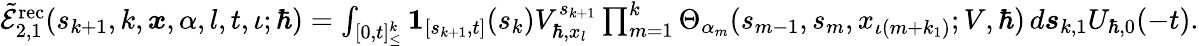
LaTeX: \begin{array}{r}{\tilde{\mathcal{E}}_{2,1}^{\mathrm{rec}}(s_{k+1},k,\boldsymbol{x},\alpha,l,t,\iota;\hbar)=\int_{[0,t]_{\leq}^{k}}\boldsymbol{1}_{[s_{k+1},t]}(s_{k})V_{\hbar,x_{l}}^{s_{k+1}}\prod_{m=1}^{k}\Theta_{\alpha_{m}}(s_{m-1},{s}_{m},x_{\iota(m+k_{1})};V,\hbar)\, d\boldsymbol{s}_{k,1}U_{\hbar,0}(-t).}\end{array}